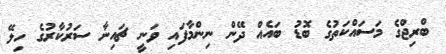
ބްރިޖްގެ މަސައްކަތުގެ ބޮޑު ބައެއް ދޭން ނިންމާފައި ވަނީ ޗައިނާ ސަރުކާރުގެ ހިލޭ